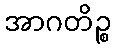
အာဂတိဉ္စ